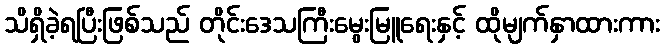
သိရှိခဲ့ရပြီးဖြစ်သည် တိုင်းဒေသကြီးမွေးမြူရေးနှင့် ထိုမျက်နှာထားကား